Problem: 7 + 23 = ?
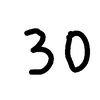
Handwritten answer: 30